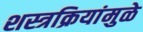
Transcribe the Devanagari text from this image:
शस्त्रक्रियांमुळे